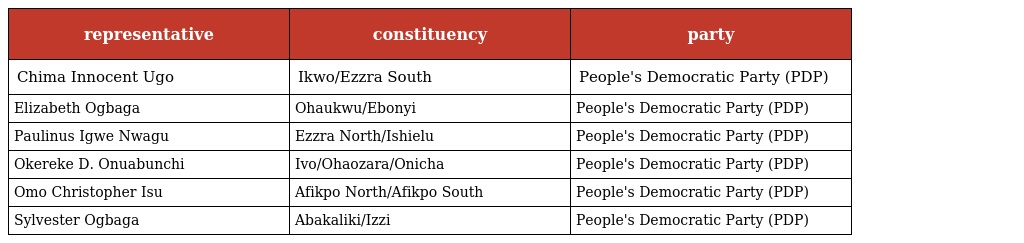
| representative | constituency | party |
 | --- | --- | --- |
 | Chima Innocent Ugo | Ikwo/Ezzra South | People's Democratic Party (PDP) |
 | Elizabeth Ogbaga | Ohaukwu/Ebonyi | People's Democratic Party (PDP) |
 | Paulinus Igwe Nwagu | Ezzra North/Ishielu | People's Democratic Party (PDP) |
 | Okereke D. Onuabunchi | Ivo/Ohaozara/Onicha | People's Democratic Party (PDP) |
 | Omo Christopher Isu | Afikpo North/Afikpo South | People's Democratic Party (PDP) |
 | Sylvester Ogbaga | Abakaliki/Izzi | People's Democratic Party (PDP) |